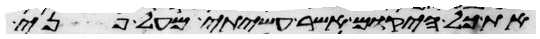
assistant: את כל היקום אשר עשיתי מעל פני